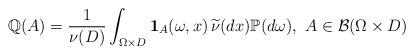
LaTeX: \begin{align*}\mathbb{Q}(A)=\frac{1}{\nu(D)}\int_{\Omega\times D} \mathbf{1}_{A}(\omega,x)\, \widetilde{\nu}(dx)\mathbb{P}(d\omega), \ A\in \mathcal{B}(\Omega\times D)\end{align*}